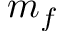
m _ { f }